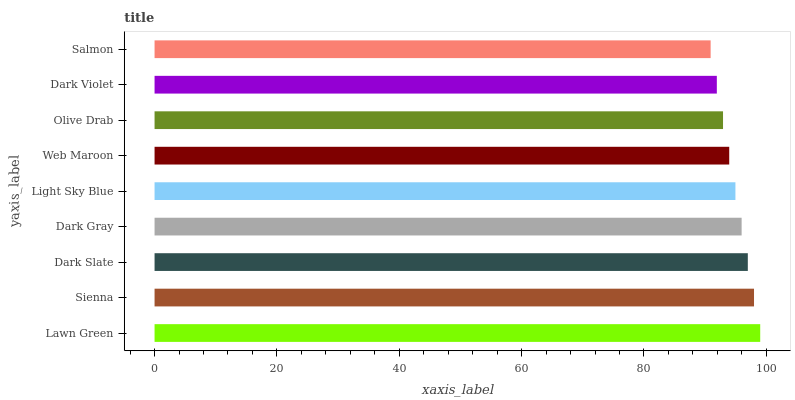
| yaxis_label | bars |
 | --- | --- |
 | Lawn Green | 99 |
 | Sienna | 98 |
 | Dark Slate | 97 |
 | Dark Gray | 96 |
 | Light Sky Blue | 94.9 |
 | Web Maroon | 93.9 |
 | Olive Drab | 92.9 |
 | Dark Violet | 91.9 |
 | Salmon | 90.9 |